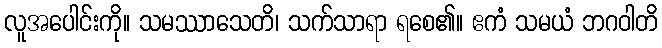
လူအပေါင်းကို။ သမဿာသေတိ၊ သက်သာရာ ရစေ၏။ ဧကံ သမယံ ဘဂဝါတိ